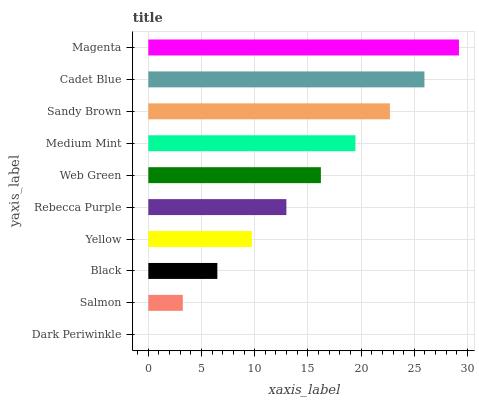
| yaxis_label | bars |
 | --- | --- |
 | Dark Periwinkle | 0 |
 | Salmon | 3.24 |
 | Black | 6.49 |
 | Yellow | 9.73 |
 | Rebecca Purple | 13 |
 | Web Green | 16.2 |
 | Medium Mint | 19.5 |
 | Sandy Brown | 22.7 |
 | Cadet Blue | 26 |
 | Magenta | 29.2 |